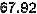
67.92